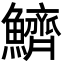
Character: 鱭